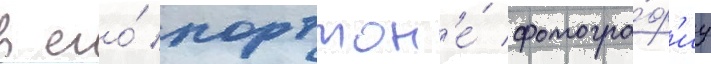
в его́ портмон'е́ фотогра́ф'иу